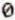
0